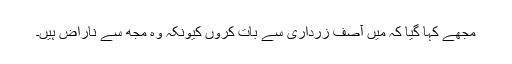
مجھے کہا گیا کہ میں آصف زرداری سے بات کروں کیونکہ وہ مجھ سے ناراض ہیں۔